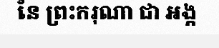
នៃ ព្រះករុណា ជា អង្ក